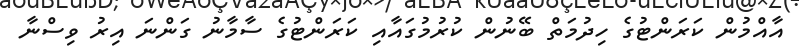
އާއްމުން ކަރަންޓުގެ ހިދުމަތް ބޭނުން ކުރުމުގައާއި ކަރަންޓުގެ ސާމާނު ގަންނަ އިރު ވިސްނާ